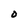
Character: O